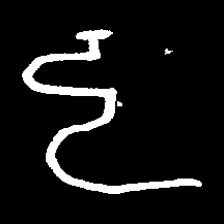
Pyu character \u2014 Myanmar letter: ဠ (romanized: lla)